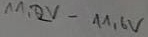
Text: 11,2V-11,6V